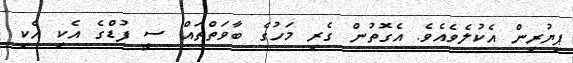
ޕިޔުރިން އެކުލެވެއެވެ. އެގޮތުން ގެރި މަހުގެ ބާވަތްތައް ސީ ފުޑްގެ އެކި އެކި